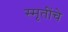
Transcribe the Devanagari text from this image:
स्मृतींचे